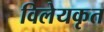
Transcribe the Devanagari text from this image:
विलेयकृत